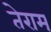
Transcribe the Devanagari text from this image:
तेराम